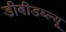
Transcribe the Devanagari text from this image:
डीबीडब्ल्यू